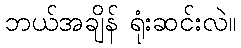
ဘယ်အချိန် ရုံးဆင်းလဲ။